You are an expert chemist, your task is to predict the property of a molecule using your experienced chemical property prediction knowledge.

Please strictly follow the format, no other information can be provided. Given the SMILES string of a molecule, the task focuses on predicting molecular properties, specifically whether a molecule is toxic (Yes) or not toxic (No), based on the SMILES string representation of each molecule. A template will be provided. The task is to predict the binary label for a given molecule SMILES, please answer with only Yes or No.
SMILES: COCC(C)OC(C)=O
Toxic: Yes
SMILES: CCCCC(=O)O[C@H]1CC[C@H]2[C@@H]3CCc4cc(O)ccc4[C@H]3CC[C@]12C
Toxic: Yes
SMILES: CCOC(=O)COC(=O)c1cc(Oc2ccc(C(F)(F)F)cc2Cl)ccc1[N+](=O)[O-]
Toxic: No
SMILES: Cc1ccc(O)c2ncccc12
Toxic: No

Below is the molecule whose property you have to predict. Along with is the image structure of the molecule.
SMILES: O=S(=O)(O)NC1CCCCC1
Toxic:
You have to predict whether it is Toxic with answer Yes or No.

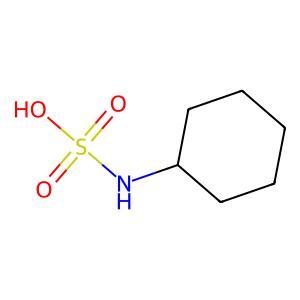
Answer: No